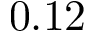
0 . 1 2